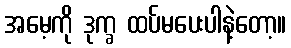
အမေ့ကို ဒုက္ခ ထပ်မပေးပါနဲ့တော့။